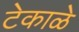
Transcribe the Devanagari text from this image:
टेकाळे